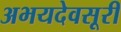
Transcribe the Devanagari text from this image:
अभयदेवसूरी